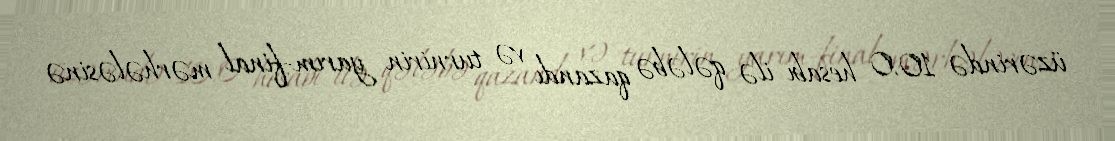
üzərində 10:0 hesabı ilə qələbə qazandı və turnirin yarım-final mərhələsinə